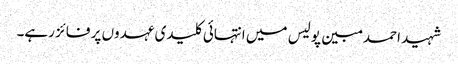
شہید احمد مبین پولیس میں انتہائی کلیدی عہدوں پر فائز رہے۔